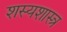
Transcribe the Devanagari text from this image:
शस्यशास्त्र